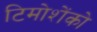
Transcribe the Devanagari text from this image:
टिमोशेंको